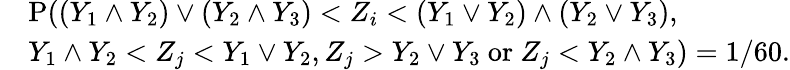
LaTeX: \begin{array}{rl}&{{\mathrm P}((Y_{1}\wedge Y_{2})\vee(Y_{2}\wedge Y_{3})<Z_{i}<(Y_{1}\vee Y_{2})\wedge(Y_{2}\vee Y_{3}),}\\ &{Y_{1}\wedge Y_{2}<Z_{j}<Y_{1}\vee Y_{2},Z_{j}>Y_{2}\vee Y_{3}~\mathrm{or}~Z_{j}<Y_{2}\wedge Y_{3})=1/60.}\end{array}